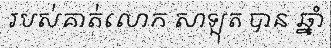
របស់គាត់លោក សាឡុត បាន ឆ្នាំ